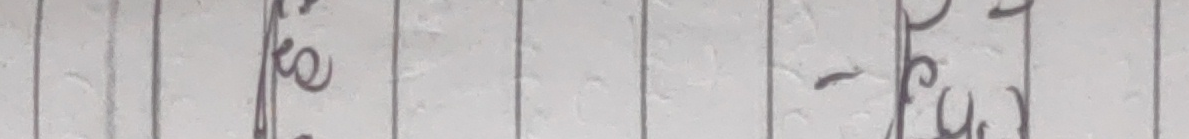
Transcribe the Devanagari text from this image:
ko यु